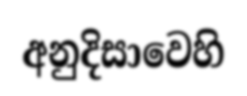
අනුදිසාවෙහි